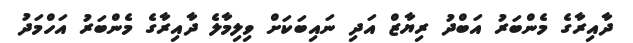
ދާއިރާގެ މެންބަރު އަބްދު ރިޔާޒް އަދި ނައިބަކަށް ވިލިމާލެ ދާއިރާގެ މެންބަރު އަހްމަދު